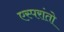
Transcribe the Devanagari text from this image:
एस्परांतो